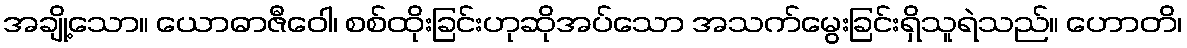
အချို့သော။ ယောဓာဇီဝေါ၊ စစ်ထိုးခြင်းဟုဆိုအပ်သော အသက်မွေးခြင်းရှိသူရဲသည်။ ဟောတိ၊